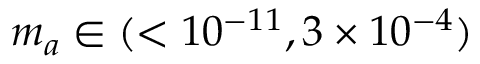
m _ { a } \in ( < 1 0 ^ { - 1 1 } , 3 \times 1 0 ^ { - 4 } )